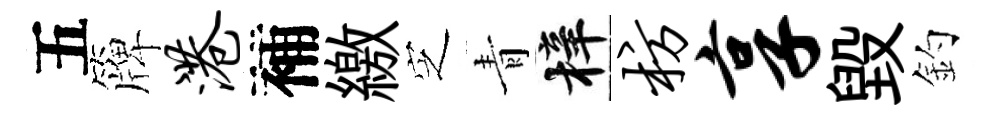
五簰港補繳㝎青梓枋享毀釣